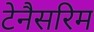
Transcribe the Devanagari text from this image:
टेनैसरिम